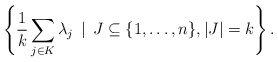
\begin{align*}\left\{ \frac{1}{k}\sum_{j \in K} \lambda_j \, \mid \, J \subseteq \{1,\ldots, n\}, |J| = k \right\}. \end{align*}